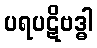
ပရပဋိဗဒ္ဓါ